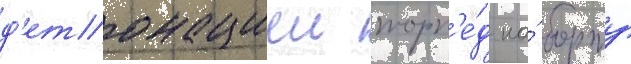
д'етонациеи торп'е́д на́ борту